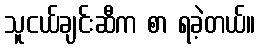
သူငယ်ချင်းဆီက စာ ရခဲ့တယ်။